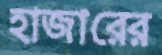
হাজারের